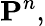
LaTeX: \mathbf{P}^{n},